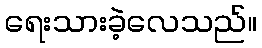
ရေးသားခဲ့လေသည်။